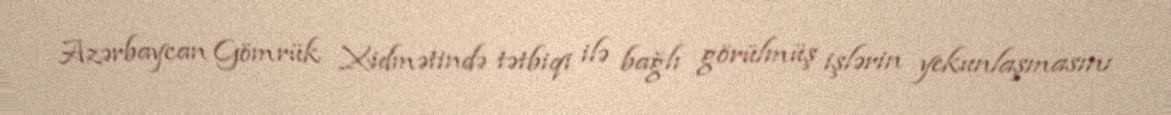
Azərbaycan Gömrük Xidmətində tətbiqi ilə bağlı görülmüş işlərin yekunlaşmasını